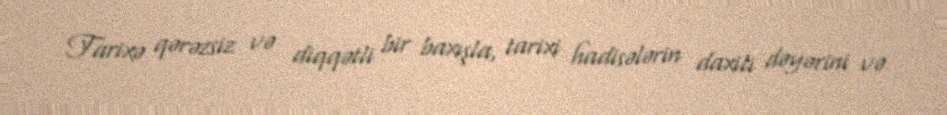
Tarixə qərəzsiz və diqqətli bir baxışla, tarixi hadisələrin daxili dəyərini və